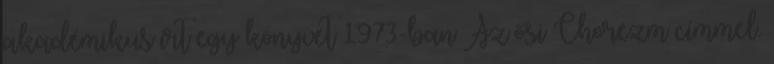
akadémikus írt egy könyvet 1973-ban Az ősi Chorezm címmel.